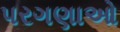
પરગણાઓ